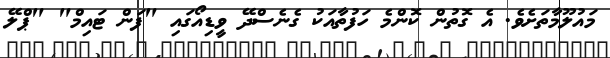
މައުލޫމާތަށެވެ. އެ ގޮތުން ކޮންމެ ހަފުތާއަކު ގެނެސްދޭ ވީޑިއޯގައި "ފަން ޓައިމް" "ޕްލޭ